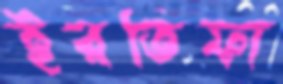
ইরতিফা